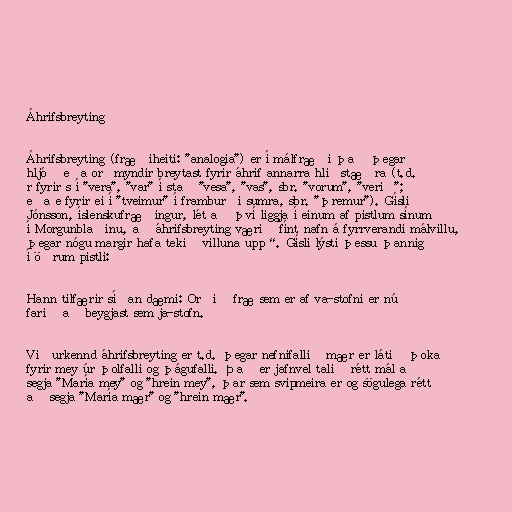
Áhrifsbreyting

Áhrifsbreyting (fræðiheiti: "analogia") er í málfræði það þegar
hljóð eða orðmyndir breytast fyrir áhrif annarra hliðstæðra (t.d.
r fyrir s í "vera", "var" í stað "vesa", "vas", sbr. "vorum", "verið";
eða e fyrir ei í "tveimur" í framburði sumra, sbr. "þremur"). Gísli
Jónsson, íslenskufræðingur, lét að því liggja í einum af pistlum sínum
í Morgunblaðinu, að áhrifsbreyting væri „fínt nafn á fyrrverandi málvillu,
þegar nógu margir hafa tekið villuna upp“. Gísli lýsti þessu þannig
í öðrum pistli:

Hann tilfærir síðan dæmi: Orðið fræ sem er af va-stofni er nú
farið að beygjast sem ja-stofn.

Viðurkennd áhrifsbreyting er t.d. þegar nefnifallið mær er látið þoka
fyrir mey úr þolfalli og þágufalli. Það er jafnvel talið rétt mál að
segja "María mey" og "hrein mey", þar sem svipmeira er og sögulega rétt
að segja "María mær" og "hrein mær".